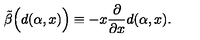
\tilde { \beta } \Big ( d ( \alpha , x ) \Big ) \equiv - x \frac { \partial } { \partial x } d ( \alpha , x ) .